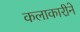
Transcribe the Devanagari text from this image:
कलाकारीने